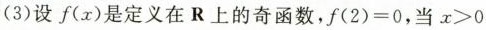
(3)设f(x)是定义在R上的奇函数，$$f(2)=0$$，当$$x>0$$